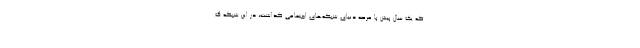
که یک سال پیش پا عرصه دنیای شبکه‌های اجتماعی گذاشت، در این شبکه ک